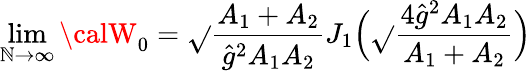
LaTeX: \operatorname*{lim}_{\mathbb{N}\to\infty}{\calW}_{0}=\sqrt{}{{\frac{{A_{1}+A_{2}}}{{\hat{{g}}^{2}A_{1}A_{2}}}}}J_{1}\Bigl(\sqrt{}{{\frac{{4\hat{{g}}^{2}A_{1}A_{2}}}{{A_{1}+A_{2}}}}}\Bigr)